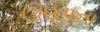
ઊણપના